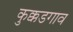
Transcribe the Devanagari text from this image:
कुक्कडगाव